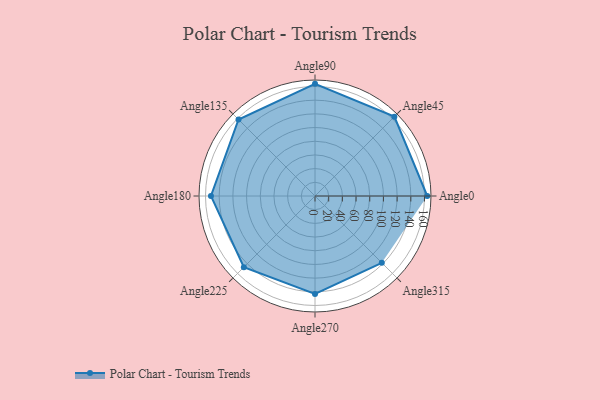
{"axis": {"x": "Angle", "y": "Radius"}, "legend": [""], "data": [{"x": "Angle0", "y": 164.0, "type": ""}, {"x": "Angle45", "y": 164.0, "type": ""}, {"x": "Angle90", "y": 164.0, "type": ""}, {"x": "Angle135", "y": 158.0, "type": ""}, {"x": "Angle180", "y": 152.0, "type": ""}, {"x": "Angle225", "y": 147.0, "type": ""}, {"x": "Angle270", "y": 143.0, "type": ""}, {"x": "Angle315", "y": 138.0, "type": ""}]}